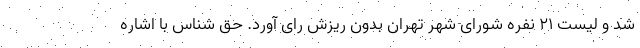
شد و لیست ۲۱ نفره شورای شهر تهران بدون ریزش رای آورد. حق شناس با اشاره